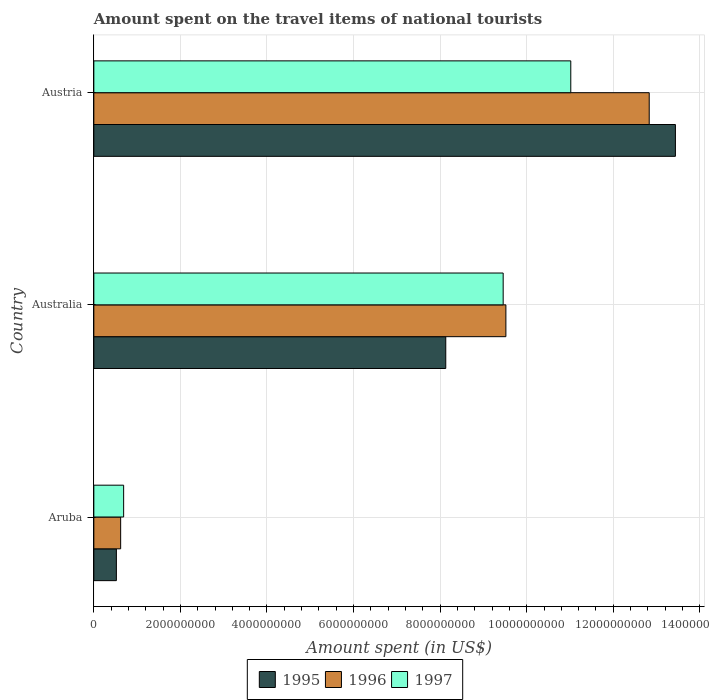
| Country | 1995 | 1996 | 1997 |
 | --- | --- | --- | --- |
 | Aruba | 5.21e+08 | 6.2e+08 | 6.89e+08 |
 | Australia | 8.13e+09 | 9.52e+09 | 9.46e+09 |
 | Austria | 1.34e+10 | 1.28e+10 | 1.1e+10 |